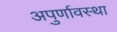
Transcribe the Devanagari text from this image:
अपुर्णावस्था